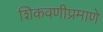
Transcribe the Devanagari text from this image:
शिकवणीप्रमाणे